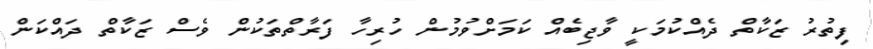
ފިތުރު ޒަކާތް ދެއްކުމަކީ ވާޖިބެއް ކަމަށްވުމުން ހުރިހާ ފަރާތްތަކުން ވެސް ޒަކާތް ދައްކަން